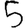
Digit: 5